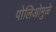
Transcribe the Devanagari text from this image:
पोलिओमुळे